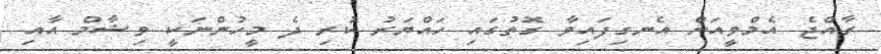
ރާއްޖެ އެމްވީއަށް އެނގިފައިވާ ގޮތުގައި ހައްޔަރު ކުރި ދެ މީހުންނަކީ ވިޝާމް އާއި